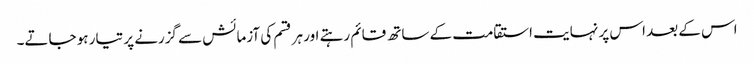
اس کے بعد اس پر نہایت استقامت کے ساتھ قائم رہتے اور ہر قسم کی آزمائش سے گزرنے پر تیار ہو جاتے۔